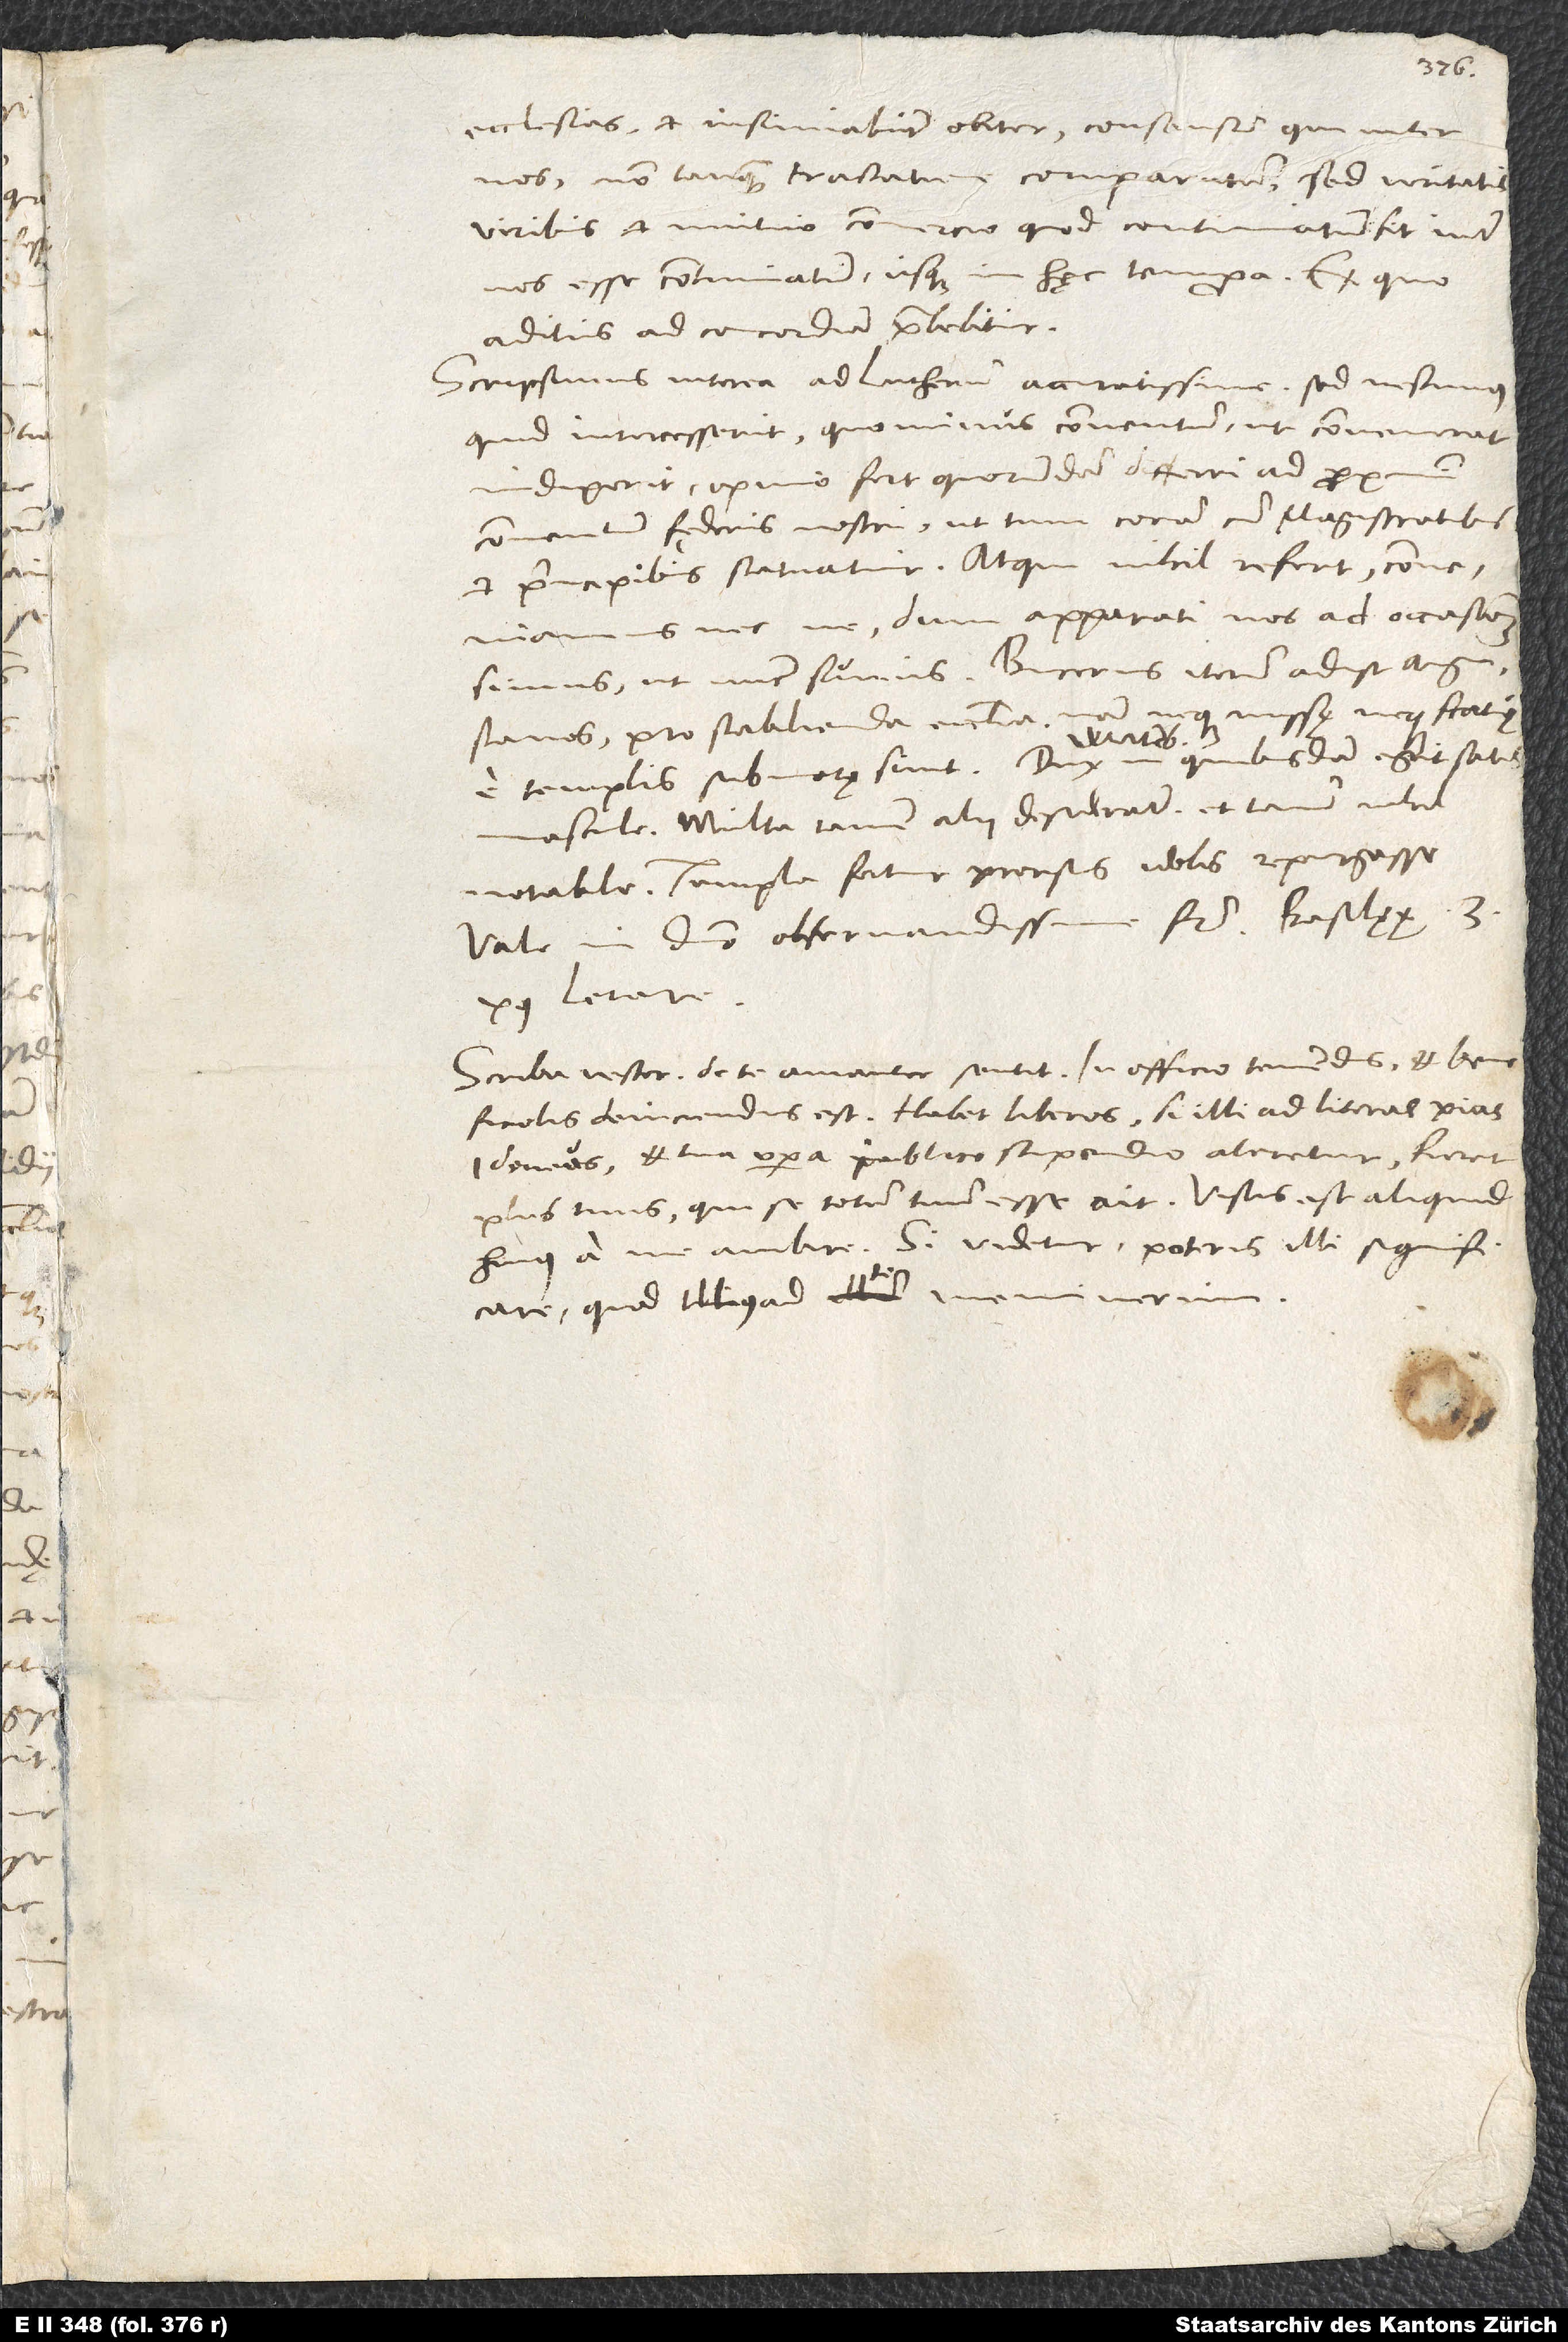
ecclesias et insinuabunt obiter consensum, qui inter
nos non tanquam tractatione comparatum, sed veritatis
viribus et mutuo commercio, quod continuatum sit inter
nos, esse continuatum usque in hęc tempora. Ex quo
aditus ad concordiam praebebitur.
Scripsimus interea ad Lutherum accuratissime, sed nescimus,
quid intercesserit, quo minus conventum, ut convenerat,
indixerit. Opinio fert quorundam differri ad proximum
conventum fęderis nostri, ut tum coram cum magistratibus
et principibus statuatur. Atqui nihil refert, conveniamus
necne, dum apparati nos ad occasionem
simus, ut nunc sumus. Bucerus iterum adiit Augustanos
pro stabilienda ecclesia; nam neque missę neque statuę
mascule. Multa tamen alii desiderant, et tamen nihil
notabile. Templa fertur prorsus Idolis repurgasse.
Vale in domino, observandissime frater. Basilaeae, 3.
post letare.
Scriba vester de te amanter sentit. In officio tenendus et beneficiolis
devinciendus est. Habet liberos; si illi ad literas pias
idoneus et tua opera publico stipendio aleretur, fieret
plus tuus, qui se totum tuum esse ait. Visus est aliquid
huius a me ambire. Si videtur, poteris illi significare,
quod illius ad te meminerim.